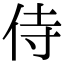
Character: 侍